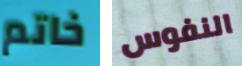
خاتم النفوس